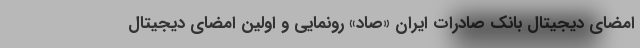
امضای دیجیتال بانک صادرات ایران «صاد» رونمایی و اولین امضای دیجیتال